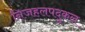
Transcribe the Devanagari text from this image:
निजहलपदुकल